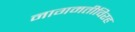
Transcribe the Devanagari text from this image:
नागमतीविरह